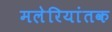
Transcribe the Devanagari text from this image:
मलेरियांतक